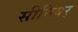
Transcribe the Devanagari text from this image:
सीनियर्